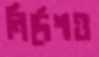
নির্দেশও